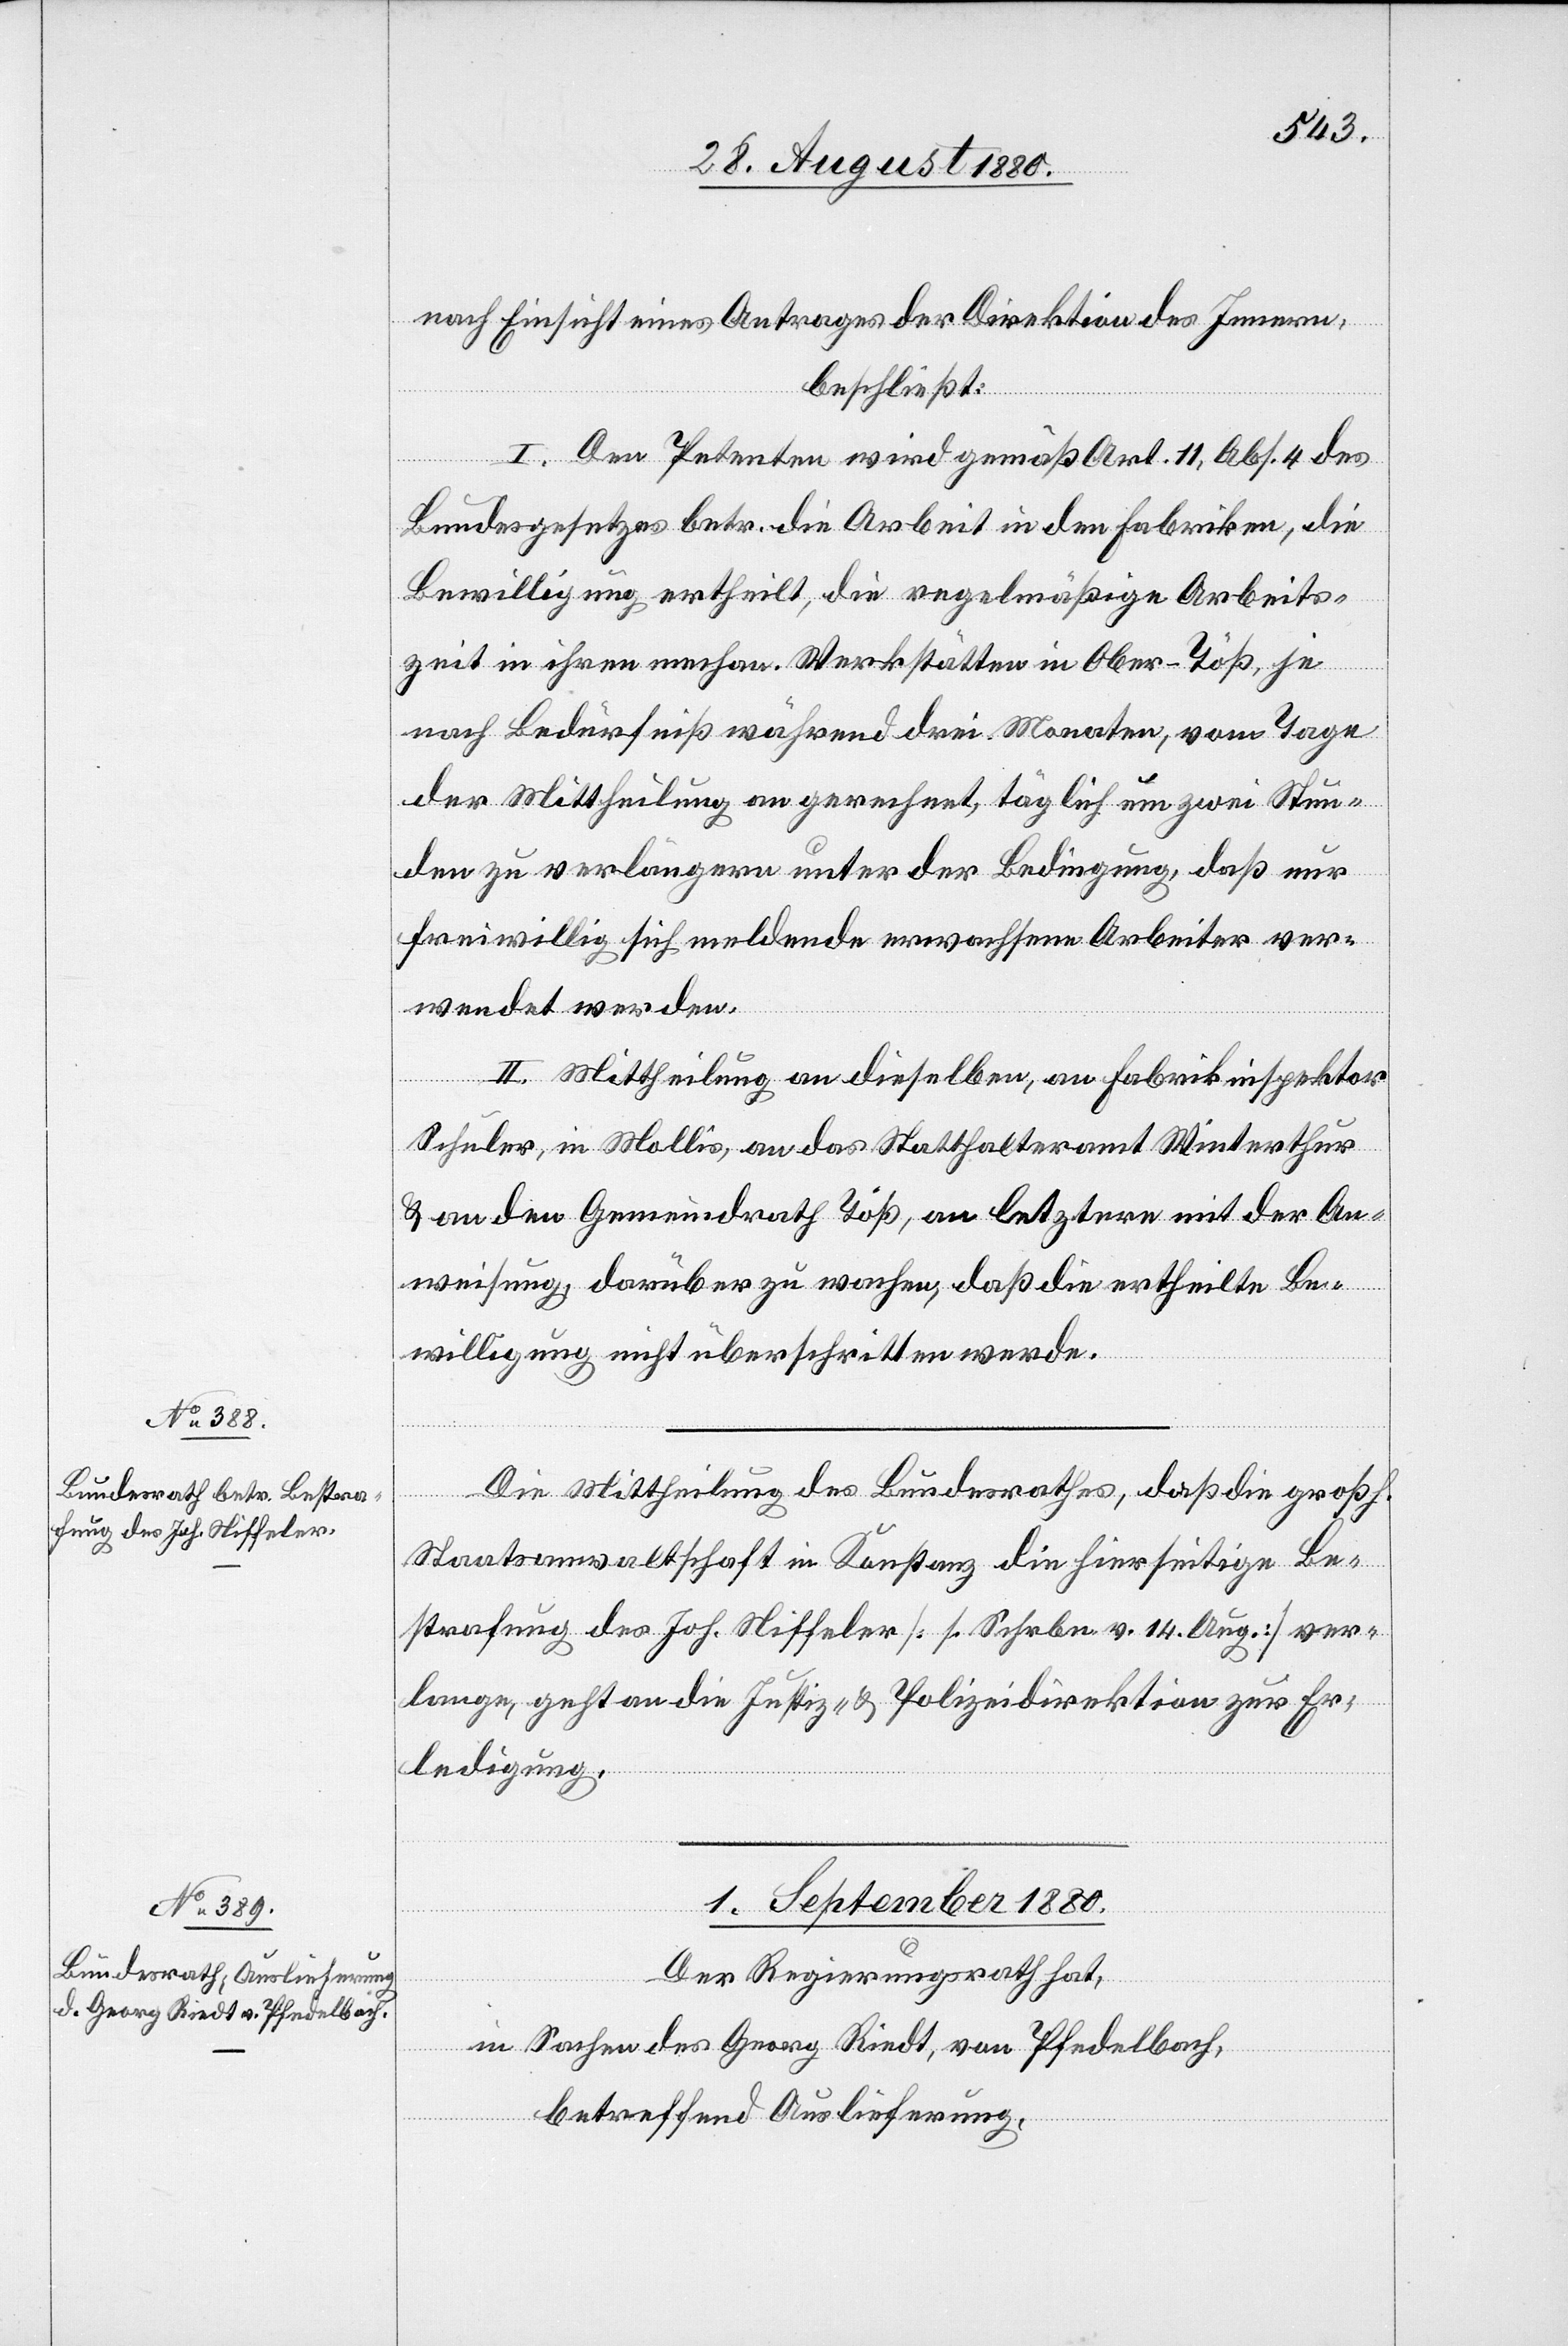
31. August 1880.]
nach Einsicht eines Antrages der Direktion des Innern
beschließt:
I. Den Petenten wird gemäß Art. 11, Abs. 4 des
Bundesgesetzes betr. die Arbeit in den Fabriken, die
Bewilligung ertheilt, die regelmäßige Arbeits¬
zeit in ihren mechan. Werkstätten in Ober-Töß, je
nach Bedürfniß während drei Monaten, vom Tage
der Mittheilung an gerechnet, täglich um zwei Stun¬
den zu verlängern unter der Bedingung, daß nur
freiwillig sich meldende erwachsene Arbeiter ver¬
wendet werden.
II. Mittheilung an dieselben, an Fabrikinspektor
Schuler, in Mollis, an das Statthalteramt Winterthur
& an den Gemeindrath Töß, an letztern mit der An¬
weisung, darüber zu wachen, daß die ertheilte Be¬
willigung nicht überschritten werde.
Die Mittheilung des Bundesrathes, daß die großh.
Staatsanwaltschaft in Konstanz die hierseitige Be¬
strafung des Joh. Niffeler [Schrbn. v. 14. Aug.] ver¬
langen, geht an die Justiz- & Polizeidirektion zur Er¬
ledigung.
1. September 1880.
Der Regierungsrath hat,
in Sachen Georg Riedt, von Pfedelbach,
betreffend Auslieferung,